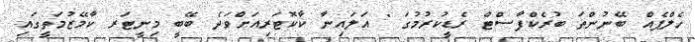
ހެލްޕެއް ބޭނުންތަ ބުރެކްފާސްޓް ރެޑީކުރުމުގަ " އަލައިނާ ކާކޮޓަރިއަށްވަދެ ބޭބީ މިނީޓަރ ކާމޭޒުމަތީގައި